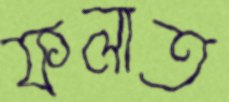
ফলাত